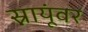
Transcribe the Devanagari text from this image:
स्नायूंवर